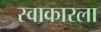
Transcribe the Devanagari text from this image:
स्वाकारला